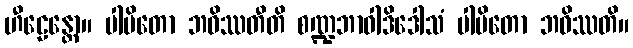
ဟီဠေန္တော။ ပါပိတော ဘဝိဿတီတိ စဏ္ဍဘာဝါဒိဒေါသံ ပါပိတော ဘဝိဿတိ။